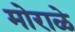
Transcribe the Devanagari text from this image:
मोराळे